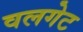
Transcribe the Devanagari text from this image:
वलगेट